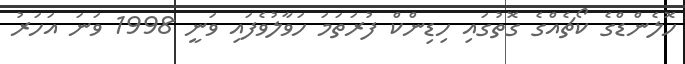
ހޮލެންޑްގެ ކޯޗެއްގެ ގޮތުގައި ހިޑިންކް ފުރަތަމަ ހަވާލުވެފައި ވަނީ 1998 ވަނަ އަހަރު